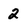
Character: 2